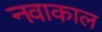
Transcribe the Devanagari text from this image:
नवाकाल